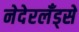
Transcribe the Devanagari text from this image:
नेदेरलँड्से